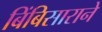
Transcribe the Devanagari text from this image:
बिंबिसाराने